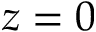
z = 0